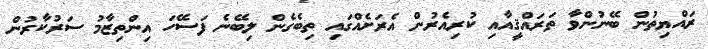
ރައްޔިތުން ބޭނުންވާ ތަރައްޤީއާއި ކުރިއެރުން އެރަށެއްގައި ތިބެގެން ލިބޭނެ ފަސޭހަ އިންތިޒާމު ސަރުކާރުން